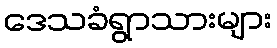
ဒေသခံရွာသားများ